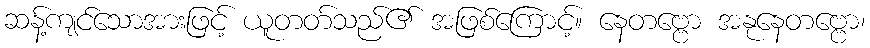
ဆန့်ကျင်သောအားဖြင့် ယူတတ်သည်၏ အဖြစ်ကြောင့်။ နေတဗ္ဗော အနုနေတဗ္ဗော၊